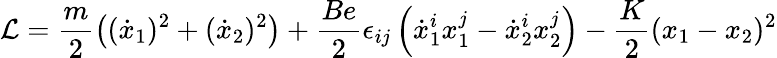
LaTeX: {\cal L}=\frac{m}{2}\left((\dot{x}_{1})^{2}+(\dot{x}_{2})^{2}\right)+\frac{Be}{2}\epsilon_{ij}\left(\dot{x}_{1}^{i}x_{1}^{j}-\dot{x}_{2}^{i}x_{2}^{j}\right)-\frac{K}{2}(x_{1}-x_{2})^{2}